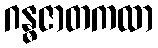
ဂန္ဓဇာတကထာ